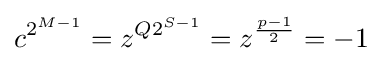
c^{2^{M-1}}=z^{Q2^{S-1}}=z^{\frac {p-1}{2}}=-1